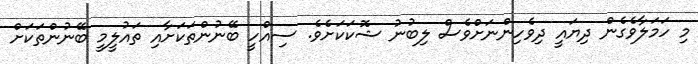
މި ހަމަލާވެގެން ދިޔައީ ދިވެހިންނަށްވެސް ލިބުނު ޝޮކަކަށެވެ. ސިއްހީ ބޭނުންތަކަށާއި ތައުލީމީ ބޭނުންތަކަށް